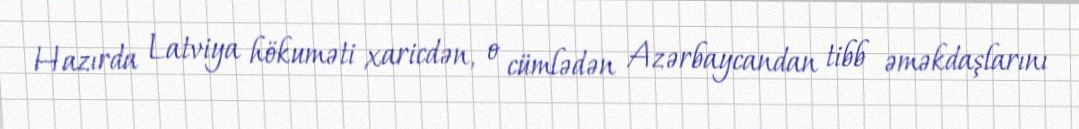
Hazırda Latviya hökuməti xaricdən, o cümlədən Azərbaycandan tibb əməkdaşlarını